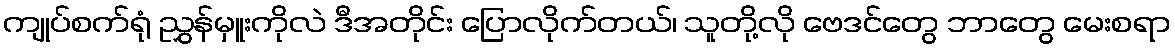
ကျုပ်စက်ရုံ ညွှန်မှူးကိုလဲ ဒီအတိုင်း ပြောလိုက်တယ်၊ သူတို့လို ဗေဒင်တွေ ဘာတွေ မေးစရာ